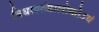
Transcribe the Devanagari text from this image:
विधायतंत्रालोकोऽयं